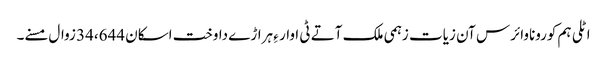
اٹلی ہم کوروناوائرس آن زیات زہمی ملک آتے ٹی اوار ءِ ہراڑے داوخت اسکان 34،644 زوال مسنے۔